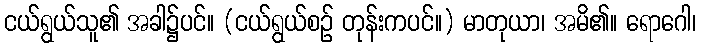
ငယ်ရွယ်သူ၏ အခါ၌ပင်။ (ငယ်ရွယ်စဉ် တုန်းကပင်။) မာတုယာ၊ အမိ၏။ ရောဂေါ၊